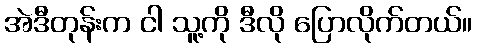
အဲဒီတုန်းက ငါ သူ့ကို ဒီလို ပြောလိုက်တယ်။